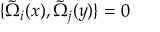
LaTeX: \{ \tilde { \Omega } _ { i } ( x ) , \tilde { \Omega } _ { j } ( y ) \} = 0